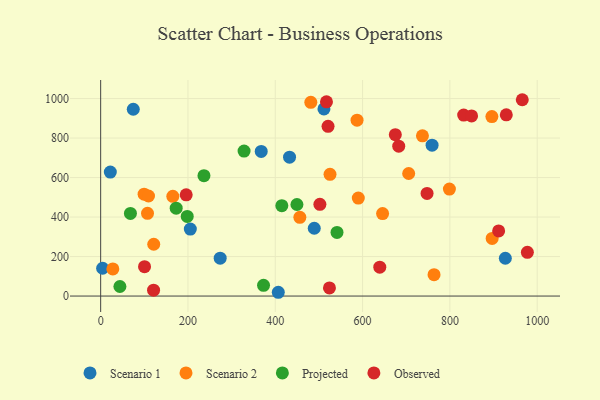
{"axis": {"x": "Study Hours", "y": "Exam Score"}, "legend": ["Observed", "Projected", "Scenario 1", "Scenario 2"], "data": [{"x": "432.7", "y": 703.3, "type": "Scenario 1"}, {"x": "489.3", "y": 343.4, "type": "Scenario 1"}, {"x": "406.9", "y": 19.1, "type": "Scenario 1"}, {"x": "74.7", "y": 945.8, "type": "Scenario 1"}, {"x": "759.2", "y": 763.8, "type": "Scenario 1"}, {"x": "367.8", "y": 732.5, "type": "Scenario 1"}, {"x": "4.5", "y": 140.7, "type": "Scenario 1"}, {"x": "511.5", "y": 947.4, "type": "Scenario 1"}, {"x": "927.0", "y": 191.3, "type": "Scenario 1"}, {"x": "22.1", "y": 627.5, "type": "Scenario 1"}, {"x": "273.8", "y": 191.9, "type": "Scenario 1"}, {"x": "205.4", "y": 339.1, "type": "Scenario 1"}, {"x": "587.3", "y": 890.4, "type": "Scenario 2"}, {"x": "456.3", "y": 398.4, "type": "Scenario 2"}, {"x": "896.8", "y": 291.7, "type": "Scenario 2"}, {"x": "763.7", "y": 108.4, "type": "Scenario 2"}, {"x": "121.6", "y": 262.3, "type": "Scenario 2"}, {"x": "798.9", "y": 541.6, "type": "Scenario 2"}, {"x": "525.4", "y": 616.5, "type": "Scenario 2"}, {"x": "481.4", "y": 980.9, "type": "Scenario 2"}, {"x": "590.2", "y": 496.0, "type": "Scenario 2"}, {"x": "645.8", "y": 417.8, "type": "Scenario 2"}, {"x": "107.3", "y": 419.0, "type": "Scenario 2"}, {"x": "27.9", "y": 137.1, "type": "Scenario 2"}, {"x": "99.5", "y": 515.7, "type": "Scenario 2"}, {"x": "109.6", "y": 506.7, "type": "Scenario 2"}, {"x": "896.2", "y": 908.9, "type": "Scenario 2"}, {"x": "165.3", "y": 505.0, "type": "Scenario 2"}, {"x": "737.1", "y": 811.2, "type": "Scenario 2"}, {"x": "705.6", "y": 620.6, "type": "Scenario 2"}, {"x": "449.6", "y": 463.6, "type": "Projected"}, {"x": "541.4", "y": 322.4, "type": "Projected"}, {"x": "68.2", "y": 418.5, "type": "Projected"}, {"x": "198.3", "y": 403.4, "type": "Projected"}, {"x": "328.5", "y": 734.2, "type": "Projected"}, {"x": "373.1", "y": 54.1, "type": "Projected"}, {"x": "415.0", "y": 457.6, "type": "Projected"}, {"x": "173.0", "y": 444.7, "type": "Projected"}, {"x": "44.1", "y": 48.3, "type": "Projected"}, {"x": "236.6", "y": 609.6, "type": "Projected"}, {"x": "639.4", "y": 146.0, "type": "Observed"}, {"x": "520.9", "y": 859.4, "type": "Observed"}, {"x": "121.2", "y": 29.8, "type": "Observed"}, {"x": "911.7", "y": 329.9, "type": "Observed"}, {"x": "747.7", "y": 519.7, "type": "Observed"}, {"x": "977.5", "y": 221.2, "type": "Observed"}, {"x": "675.0", "y": 816.9, "type": "Observed"}, {"x": "965.8", "y": 994.1, "type": "Observed"}, {"x": "682.8", "y": 759.0, "type": "Observed"}, {"x": "517.3", "y": 983.5, "type": "Observed"}, {"x": "195.9", "y": 512.6, "type": "Observed"}, {"x": "831.6", "y": 916.5, "type": "Observed"}, {"x": "524.1", "y": 41.3, "type": "Observed"}, {"x": "100.5", "y": 148.6, "type": "Observed"}, {"x": "849.7", "y": 912.2, "type": "Observed"}, {"x": "929.2", "y": 917.8, "type": "Observed"}, {"x": "502.2", "y": 464.5, "type": "Observed"}]}